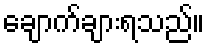
ချောက်ချားရသည်။